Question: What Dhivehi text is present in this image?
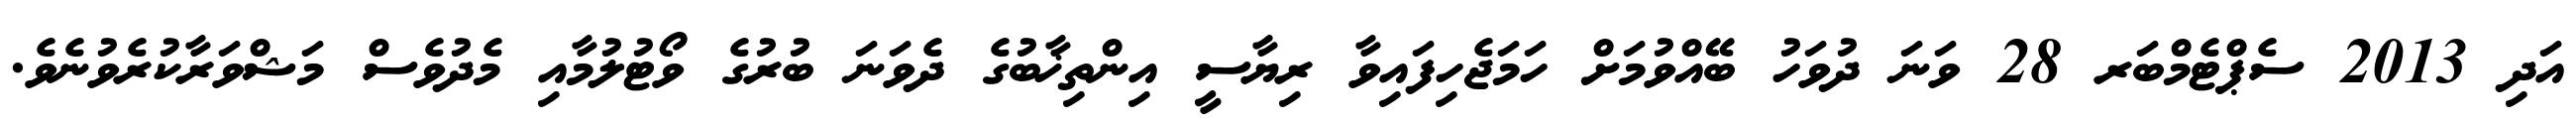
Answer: އަދި 2013 ސެޕްޓެމްބަރ 28 ވަނަ ދުވަހު ބޭއްވުމަށް ހަމަޖެހިފައިވާ ރިޔާސީ އިންތިޚާބުގެ ދެވަނަ ބުރުގެ ވޯޓުލުމާއި މެދުވެސް މަޝްވަރާކުރެވުނެވެ.